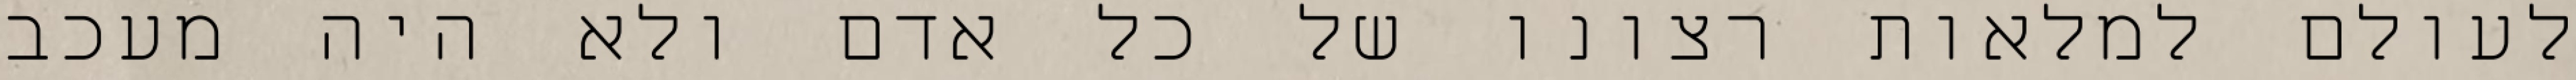
לעולם למלאות רצונו של כל אדם ולא היה מעכב